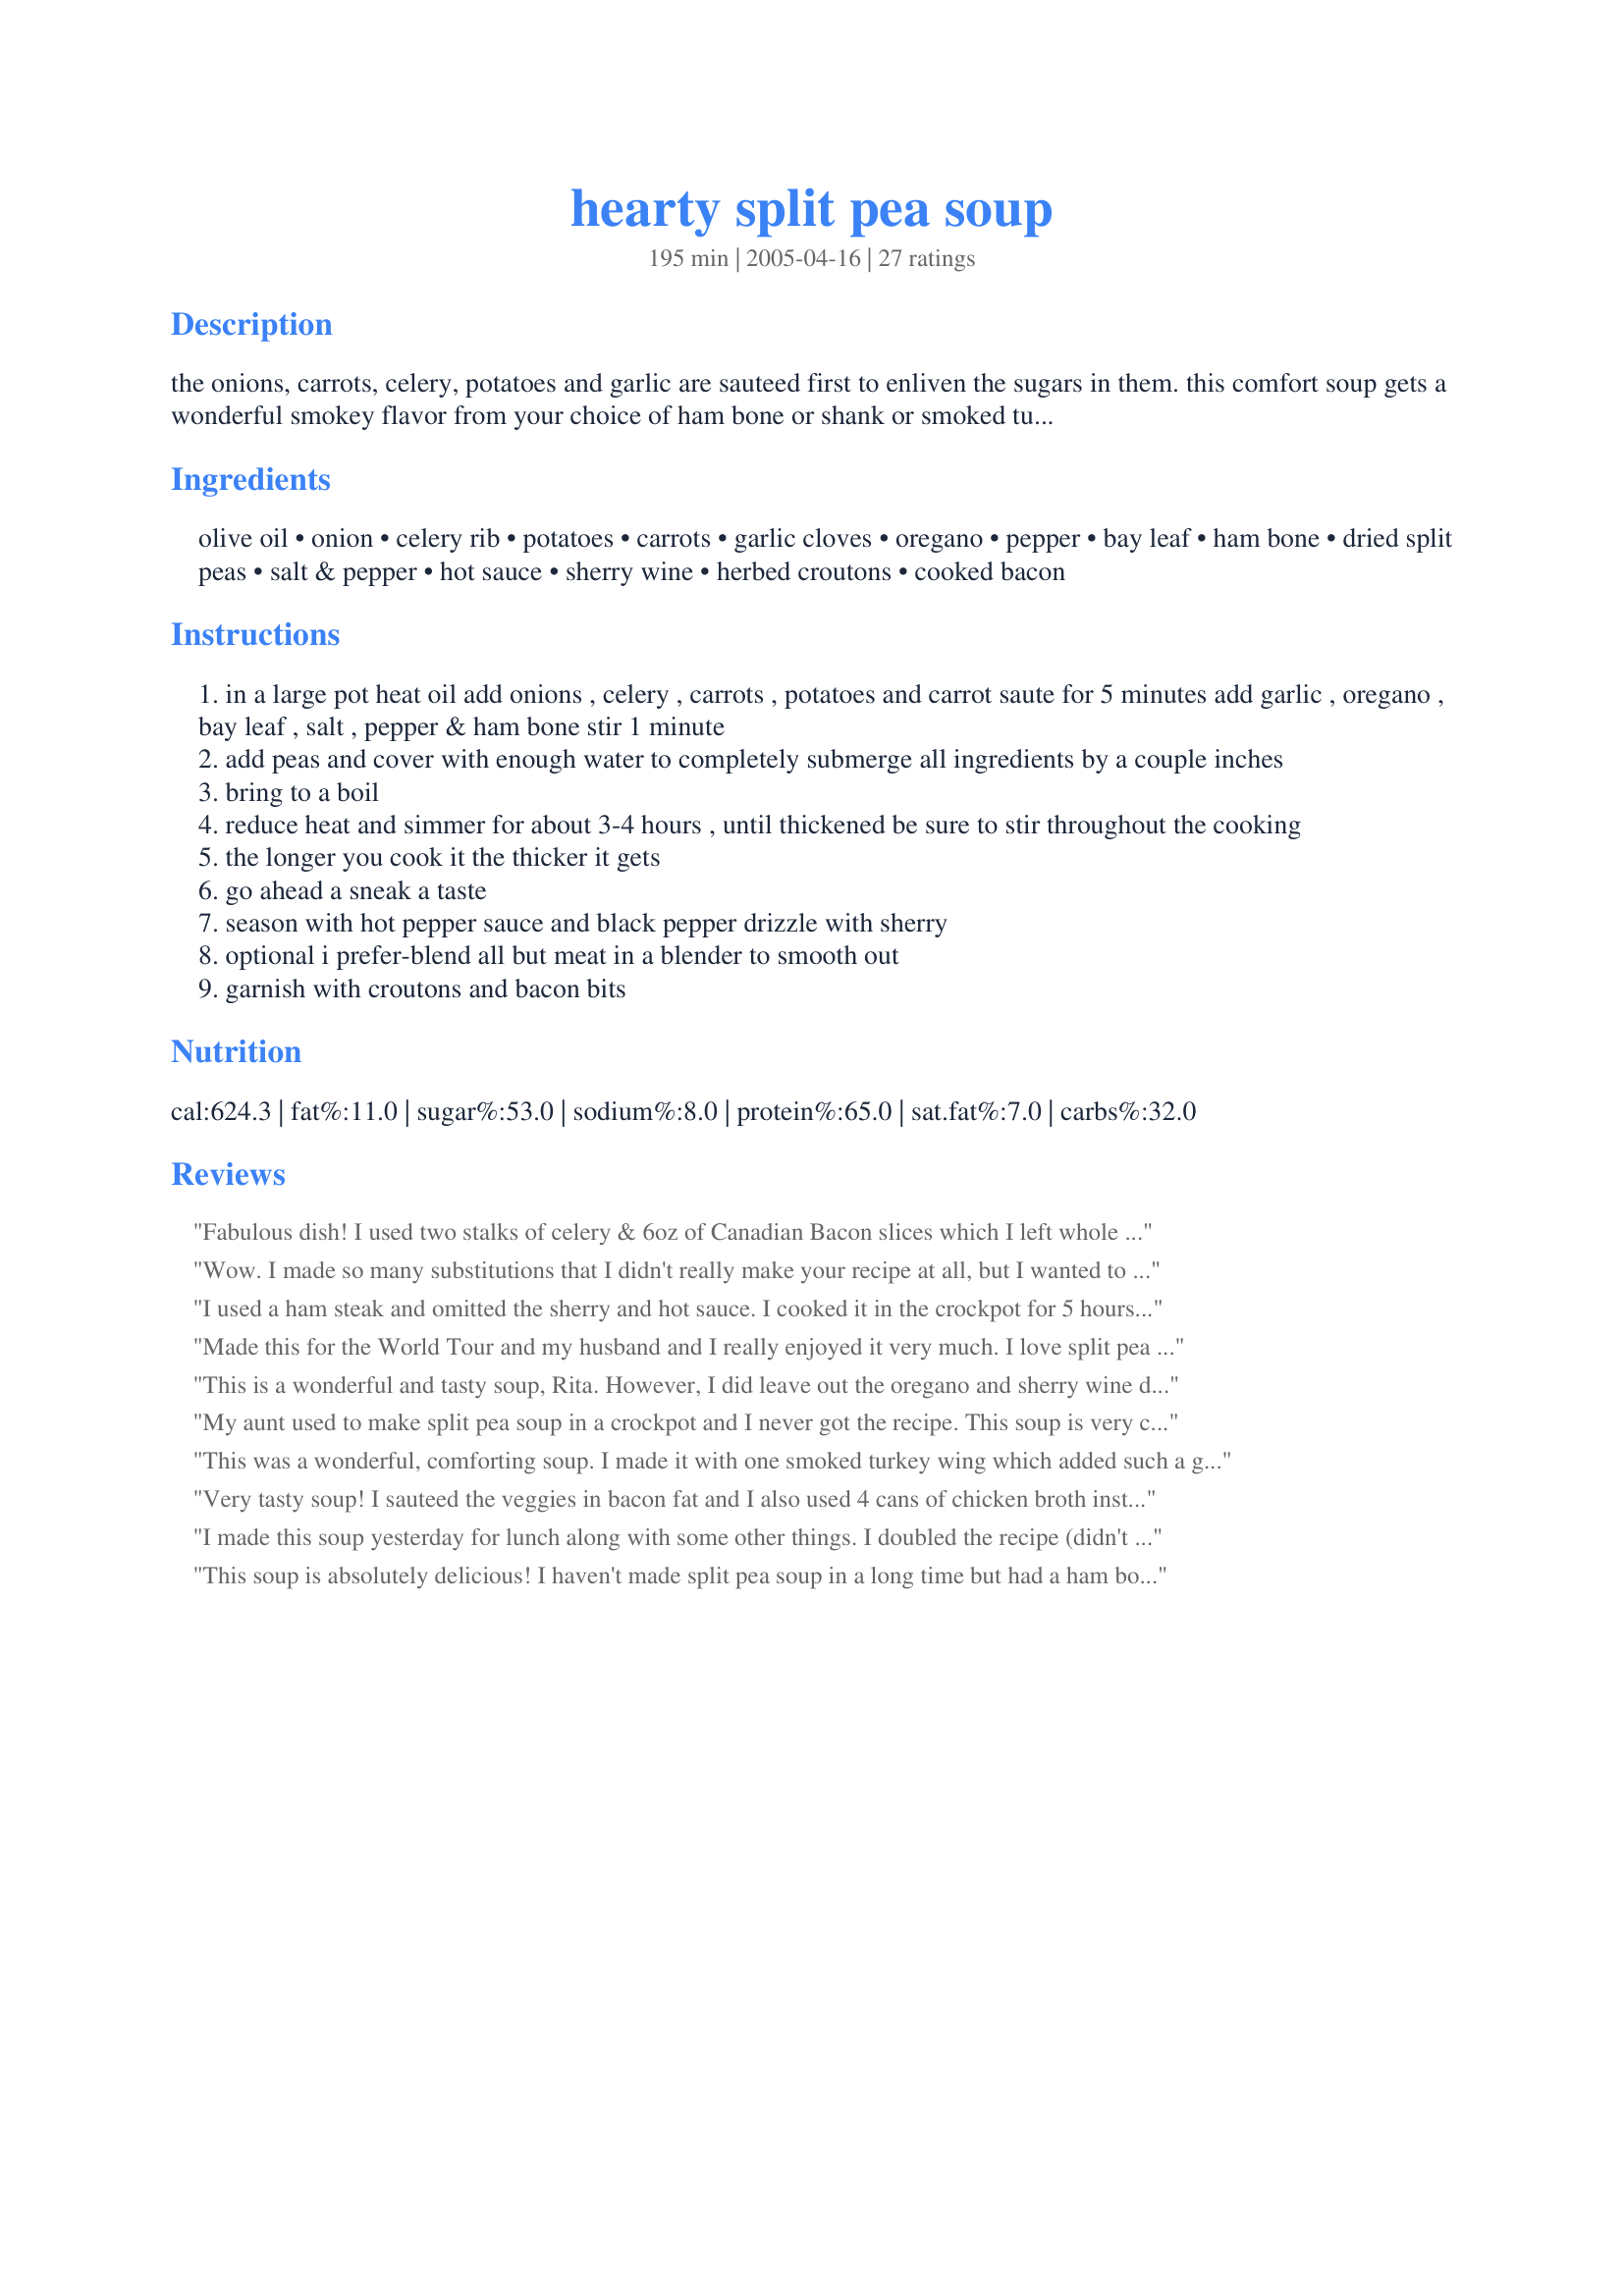
hearty split pea soup
Preparation time: 195 minutes

the onions, carrots, celery, potatoes and garlic are sauteed first to enliven the sugars in them. this comfort soup gets a wonderful smokey flavor from your choice of ham bone or shank or smoked turkey wings. it's swirled with sherry. topped with bacon bits and croutons.

Ingredients:
olive oil, onion, celery rib, potatoes, carrots, garlic cloves, oregano, pepper, bay leaf, ham bone, dried split peas, salt & pepper, hot sauce, sherry wine, herbed croutons, cooked bacon

Steps:
in a large pot heat oil add onions , celery , carrots , potatoes and carrot saute for 5 minutes add garlic , oregano , bay leaf , salt , pepper & ham bone stir 1 minute
add peas and cover with enough water to completely submerge all ingredients by a couple inches
bring to a boil
reduce heat and simmer for about 3-4 hours , until thickened be sure to stir throughout the cooking
the longer you cook it the thicker it gets
go ahead a sneak a taste
season with hot pepper sauce and black pepper drizzle with sherry
optional i prefer-blend all but meat in a blender to smooth out
garnish with croutons and bacon bits

Reviews:
Fabulous dish! I used two stalks of celery & 6oz of Canadian Bacon slices which I left whole until after the soup was done cooking. Then I fished them out and chopped into bite sized pieces.
Wow. I made so many substitutions that I didn't really make your recipe at all, but I wanted to weigh in because some of your directions were great. Sauteeing the veggies first was awesome! It really added flavor. Also the sherry added such a great flavor. Here are my substitutions in case you are interested in making variations: I used yellow split peas instead of green, thyme instead of oregano, a slice of lean ham instead of the ham bone/shank, rutabega instead of potatos, and french bread instead of croutons and bacon. Mmmm mmm good!
I used a ham steak and omitted the sherry and hot sauce. I cooked it in the crockpot for 5 hours. My 9 year old and 16 year old loved it.
Made this for the World Tour and my husband and I really enjoyed it very much. I love split pea soup and this version was pretty good. I used a ham bone and left out the sherry wine, but otherwise left everything the same. I didnt' blend in a blender as we prefer chunky soups. What we didn't eat I froze so we can enjoy it again at a later date! Thanks!
This is a wonderful and tasty soup, Rita. However, I did leave out the oregano and sherry wine due to personal preferences. I also do not like my split pea soup quite as thick as yours looks in the picture, so I did not cook it as long as the recipe states, only for a little over an hour. Liked the added touch of the croutons and bacon on top. Thanks so much for sharing.
My aunt used to make split pea soup in a crockpot and I never got the recipe. This soup is very close to what she used to make. So very good! I used chicken stock for the sherry wine and did not add the hot sauce. Thank you Rita, wonderful memories for me!
This was a wonderful, comforting soup. I made it with one smoked turkey wing which added such a great flavor. I also reduced the carrot to 1- personal preference. Very different from the pea soup I usually make. Loved the sauteed veggie start to this- made a big difference. Left it chunky bc I forgot to puree it before I cut the meat from the bone and added it. lol

This has such wonderful flavor it will replace my usual recipe. Thanks Rita for always giving us such wonderful recipes! 

Very tasty soup! I sauteed the veggies in bacon fat and I also used 4 cans of chicken broth instead of water. I added the bacon as well. Definitely a keeper!
I made this soup yesterday for lunch along with some other things. I doubled the recipe (didn't use the hot sauce, sherry or bay leaf, Personal preferences) and I added some cumin. NOTHING WAS LEFT, PEOPLE EVEN TOOK SOME HOME!! Thanks for posting this recipe, it is truly a keeper. My children from age 9 to 17 even loved it. Thanks again.
This soup is absolutely delicious! I haven't made split pea soup in a long time but had a ham bone and some ham broth that I didn't want to go to waste. I'm sure I've never put potatoes in my split pea soup before but this sounded interesting. It turned out wonderful!! I have to say that I did not use the oregano, bay leaf or sherry.....personal preference.......but I followed everything else as written. This is definitely a keeper in my book! Thanks for sharing!
Delicious! I made this using a ham bone, but think any smoked meat would work well. I only cooked mine a couple of hours and used an immersion blender to smooth the soup. Loved the addition of sherry and hot sauce--made it stand out from other similar recipes. Thanks for posting Rita.
Wonderful Recipe!!! This is FABULOUS split pea soup! Sauteeing the veggies really added a nice dimension and the Sherry is an ingenious addition. I used a meaty ham bone and decided against running the soup through the food processor b/c it had a great consistency. I added about a cup of leftover ham chunks at the end, so I did not use the bacon topping.
Made this soup last night. Even though it was midnight when I finally took it off the stove I had to have a bowl. Fantastic! -even without the sherry (I have to run to the store to get more). Can't wait to try it WITH the sherry. Like some of the others, I substitutes 2 qts of veg stock for the water which I thik really added to the flavor. I also added about 50% more vegetables too. Split-pea soup is my favorite, and this recipe is the best I have had! Thanks for sharing.
This soup is sublime...delicious and filling, comfort food in a bowl. I had some leftover baked ham, and the broth which I had made using the ham bone, so I decided to break with tradition and try this recipe. Am I ever glad I did. To lower the glycemic value (diabetics in the family), I used half yellow split peas, and half channa dal, and this worked perfectly. With the long cooking, the split peas almost dissolved, and the channa became soft but held it's shape. I also used an immersion blender to further thicken the soup. Because I had a quantity of ham to add, I omitted the bacon, but will certainly use it as a garnish next time.
Thank you for this superb soup recipe.
I used yellow split peas (it is what I had on hand) and didn't use the sherry (since I couldn't find it!), but I followed that direction on everything else and it turned out wonderfully! The sautÃ©ing really did improve the flavor. I will definitely make this again.
An excellent soup recipe! Recommend this recipe especially if you have a leftover country ham. Thanks!
Hummina, hummina, hummina! I love split pea soup. Cannot resist adding this to the ole cookbook! 
Perfecto!
Jelly!
I just made this soup with the ham bone left from Christmas. This was by far the best split pea soup I've made. The only changes I made was I did not have celery so I added a little celery salt and lawry's seasoned salt. It was so tasty I didn't need to add the sherry or bacon!!
YUM! This soup was full of flavour and perfect for our British weather this weekend! I loved the addition of the sherry - something I would never have thought of. This will be a regular here! Made for ZWT3, Thank you.
This is a quote from my husband. "This is the best pea soup I've ever had in my life. Even better than my mothers!" Enough said!
This is one great recipe! The spices bring delicious flavor to this soup. My finicky husband went back for seconds!!!
I enjoyed this version of Split Pea Soup although I changed around a couple ingredients. I used beef marrow bones instead of a smoked meat because I couldn't find an all natural option. I also used 2 yams for the potato ingredient and am not displeased with the result. It did give a sweetness to the soup which is unique I admit for pea soup but my family liked it. I made my own croutons highly seasoned with salt, oregano and basil. That and the bacon added just the right flavorings to the soup! Served with a green salad and a French red wine and we were set for a wonderful dining experience.
I've made this soup a couple times now. I learned the hard way not to use a glazed or sweetened ham. The sweetness didn't mesh well with what I expected from a good split pea soup. This is truly a good split pea soup. The less aggressively you cut/eat from the shank, the more ham you have to melt into your soup. Total Yum!
So good! Threw everything into the crockpot and then processed with a food processor - loved it!
Been using this recipe for the past several years after Christmas and after Easter (the two ham holidays for me!) and it ALWAYS comes out SO SO good ... I skip the sherry and haven't used the bacon in the past, and even without it is SO good. I use an immersion blender to mix it all, including any meat that fell off the bone, then I'll reserver some chopped ham on the side to add in AFTER it is blended togethter so you have the rich and thick soup with chuncks of fresh ham.

With bacon this would be even better - its going in this year!
Made the recipe as written with one exception: Did not have the meat called for, so substituted a half pound (raw weight) of partially cooked, drained bacon, and about a quarter pound of cured ham. (Very close to "ham hock.")
The result was delicious! Pure comfort food and almost exactly the taste I was looking for. 
When this batch is gone, I will do again and omit the potatoes. It's a personal thing, but I like the pea taste to come through a little stronger. Will probably add more celery, a small diced turnip, and a bit more Louisiana hot sauce.
If you try this, please do as written first. You will love it, and it will be gone before it completely cools!
Thanks Rita.
Excellent soup. Didn't do the sherry or the bacon though. I also used Chicken Broth instead of water. I used my immersion blender to make it thicker. Made some homemade cheese croutons from stale french bread by cubing the bread, then sauteing the cubes in olive oil, sprinkling seasoned salt and garlic pepper over them while in the frying pan, and finally adding the grated cheddar cheese (leftover end from the Holiday!)
Delicious.
